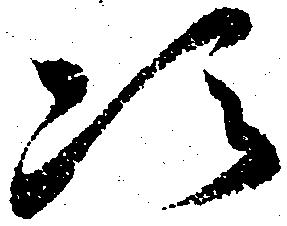
次